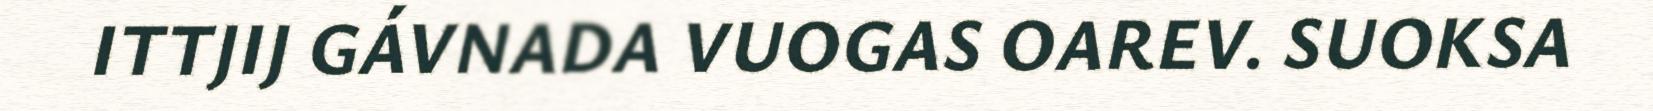
ITTJIJ GÁVNADA VUOGAS OAREV. SUOKSA